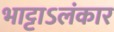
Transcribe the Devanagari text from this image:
भाट्टाऽलंकार